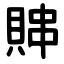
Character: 賗